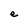
Character: e